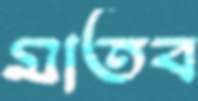
মাতব